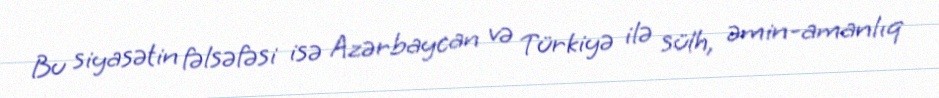
Bu siyasətin fəlsəfəsi isə Azərbaycan və Türkiyə ilə sülh, əmin-amanlıq